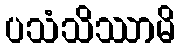
ပသံသိဿာမိ